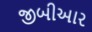
જીબીઆર